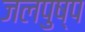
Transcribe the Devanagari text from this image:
जलपुष्प